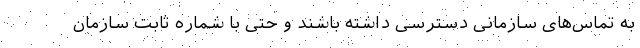
به تماس‌های سازمانی دسترسی داشته باشند و حتی با شماره ثابت سازمان